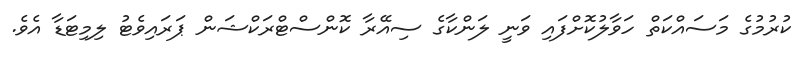
ކުރުމުގެ މަސައްކަތް ހަވާލުކޮށްފައި ވަނީ ލަންކާގެ ސިއޭރާ ކޮންސްޓްރަކްޝަން ޕަރައިވެޓު ލިމިޓަޑާ އެވެ.